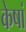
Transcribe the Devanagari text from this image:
केषां